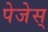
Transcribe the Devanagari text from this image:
पेजेस्